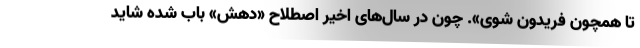
تا همچون فریدون شوی». چون در سال‌های اخیر اصطلاح «دهش» باب شده شاید